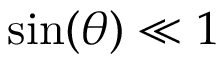
\sin ( \theta ) \ll 1